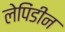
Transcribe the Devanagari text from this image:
लेपिंडीन